Lunatic asylums in Bengal annual reports 1912-1924 - 1912-1924
Year: 1912
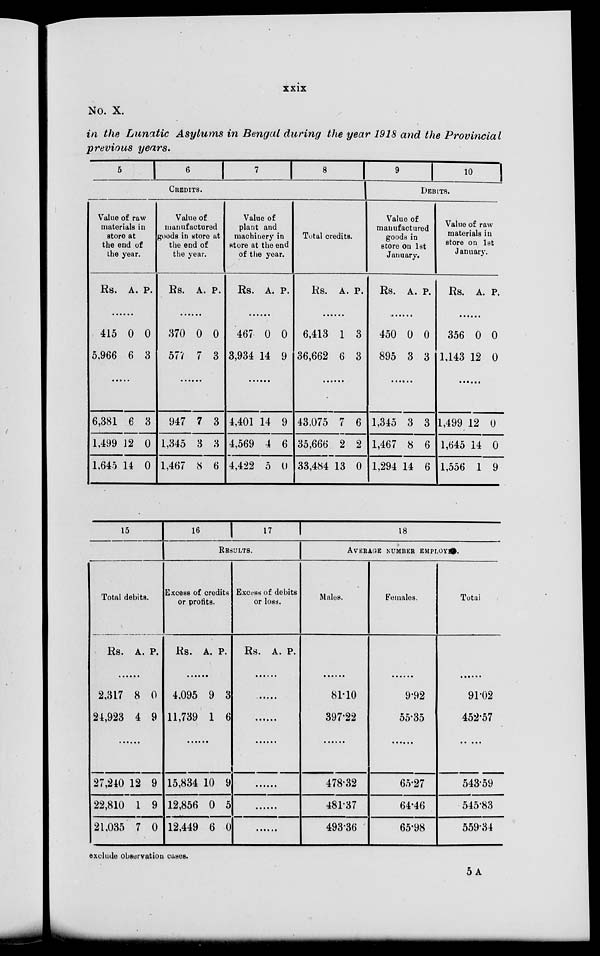
xxix
No. X.
in the Lunatic Asylums in Bengal during the year 1918 and the Provincial
previous years.
5
6
7 8
CREDITS.
Value of raw
materials in
store at
the end of
the year.
Rs. A. P.
......
415
5,966
0
6
0
3
......
6,381
1,499
1,645
6
12
14
3
0
0
Value of
manufactured
goods in store at
the end of
the year.
Rs. A. P.
......
370
577
0
7
0
3
......
947
1,345
1,467
7
3
8
3
3
6
Value of
plant and
machinery in
store at the end
of the year.
Rs. A. P.
......
467
3,934
0
14
0
9
......
4,401
4,569
4,422
14
4
5
9
6
0
Total credits.
Rs. A. P.
......
6,413
36,662
1
6
3
3
......
43,075
35,666
33,484
7
2
13
6
2
0
9
10
DEBITS.
Value of
manufactured
goods in
store on 1st
January.
Rs. A. P.
......
450
895
0
3
0
3
......
1,345
1,467
1,294
3
8
14
3
6
6
Value of raw
materials in
store on 1st
January.
Rs. A. P.
......
356
1,143
0
12
0
0
......
1,499
1,645
11,556
12
14
1
0
0
9
15
Total debits.
Rs. A. P.
......
2,317
24,923
8
4
0
9
......
27,240
22,810
21,035
12
1
7
9
9
0
16
17
RESULTS.
Excess of credits
or profits.
Rs. A. P.
......
4,095
11,739
9
1
3
6
......
15,834
12,856
12,449
10
0
6
9
5
0
Excess of debits
or loss.
Rs. A. P.
......
......
......
......
......
......
......
18
AVERAGE NUMBER EMPLOYE.
Males.
......
81.10
397.22
......
478.32
481.37
493.36
Females.
......
9.92
55.35
......
65.27
64.46
65.98
Total.
......
91.02
452.57
......
543.59
545.83
559.34
exclude observation cases.
5 A